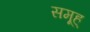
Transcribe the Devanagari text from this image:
समूह्